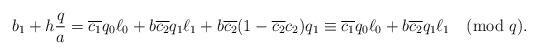
LaTeX: \begin{align*}b_1+h\frac{q}{a} =\overline{c_1} q_0\ell_0 + b\overline{c_2} q_1\ell_1+b\overline{c_2} (1-\overline{c_2}c_2) q_1\equiv \overline{c_1} q_0\ell_0 + b\overline{c_2} q_1\ell_1\pmod{q}. \end{align*}